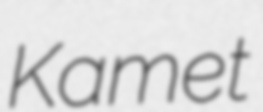
Kamet